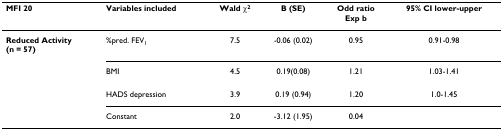
| MFI 20 | Variables included | Wald χ2 | B (SE) | Odd ratioExp b | 95% CI lower-upper |
 | --- | --- | --- | --- | --- | --- |
 | Reduced Activity(n = 57) | %pred. FEV1 | 7.5 | -0.06 (0.02) | 0.95 | 0.91-0.98 |
 |  | BMI | 4.5 | 0.19(0.08) | 1.21 | 1.03-1.41 |
 |  | HADS depression | 3.9 | 0.19 (0.94) | 1.20 | 1.0-1.45 |
 |  | Constant | 2.0 | -3.12 (1.95) | 0.04 |  |